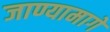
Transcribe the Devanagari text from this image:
जाण्यामागे